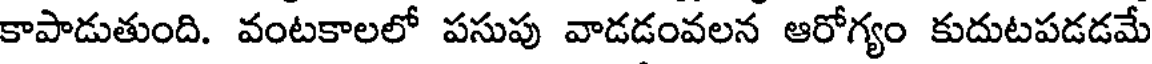
కాపాడుతుంది. వంటకాలలో పసుపు వాడడంవలన ఆరోగ్యం కుదుటపడడమే